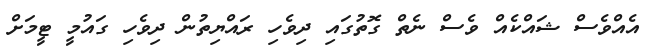
އެއްވެސް ޝައްކެއް ވެސް ނެތް ގޮތުގައި ދިވެހި ރައްޔިތުން ދިވެހި ގައުމީ ޓީމަށް